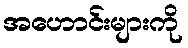
အဟောင်းများကို